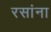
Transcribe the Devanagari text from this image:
रसांना